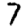
Digit: 7